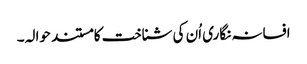
افسانہ نگاری اُن کی شناخت کا مستند حوالہ۔